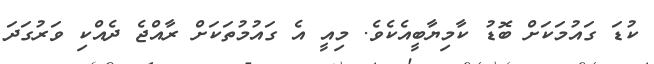
ކުޑަ ގައުމަކަށް ބޮޑު ކާމިޔާބީއެކެވެ. މިއީ އެ ގައުމުތަކަށް ރާއްޖެ ދެއްކި ވަރުގަދަ